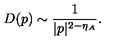
D ( p ) \sim \frac { 1 } { | p | ^ { 2 - \eta _ { A } } } .